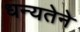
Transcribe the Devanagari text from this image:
धन्यतेने